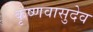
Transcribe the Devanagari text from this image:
कृष्णवासुदेव